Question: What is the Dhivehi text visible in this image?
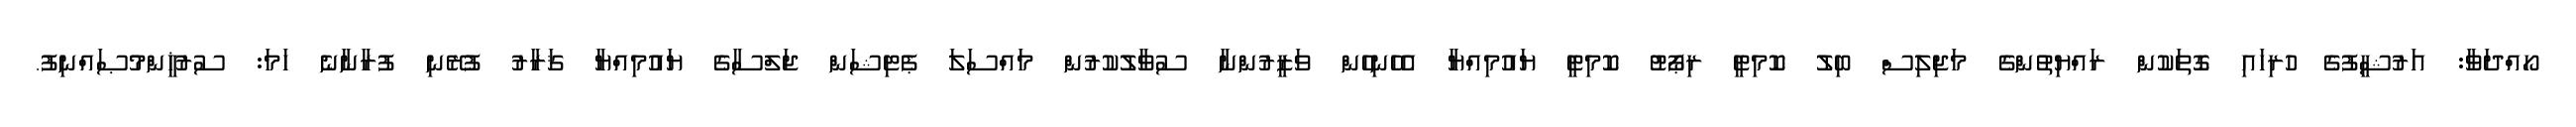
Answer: ހޯއްދަވާ: އަރުޝީފުގެ ހުރިހައި ގޮތަކުން ރައްޔިތުންގެ މަޖިލިސް ބިލު ކޮމިޓީ ރިޕޯޓު ކޮމިޓީ ޔައުމިއްޔާ އެހެނިހެން ވަޒީރުންނާ ސުވާލުކުރުން މައްސަލަ ޕެޓިޝަން ޖަލްސާގެ ޔައުމިއްޔާ ޤަރާރު ފުރޭނި ފުރާނާނެ ހަމަ: ސުރުޚީންމުޞައްނިފު.